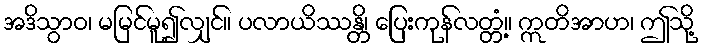
အဒိသွာဝ၊ မမြင်မူ၍လျှင်။ ပလာယိဿန္တိ၊ ပြေးကုန်လတ္တံ့။ ဣတိအာဟ၊ ဤသို့